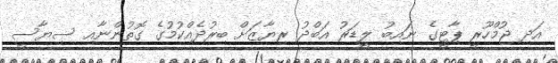
އަދި ޖުމްހޫރީ ޕާޓީގެ ނައިބު ލީޑަރު އަބްދު ރިޔާޒަށް ބިރުދެއްކުމުގެ ގޮތުންނާއި ސިޔާސީ